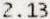
2.13